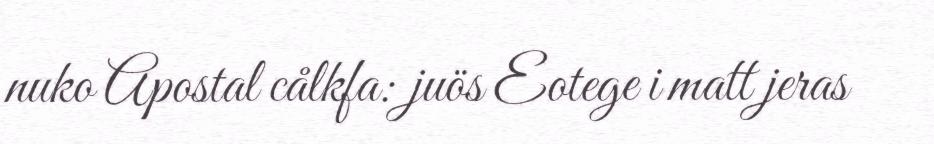
nuko Apostal cålkfa: juös Eotege i matt jeras